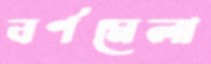
বর্ণমেলা